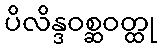
ပိလိန္ဒဝစ္ဆဝတ္ထု